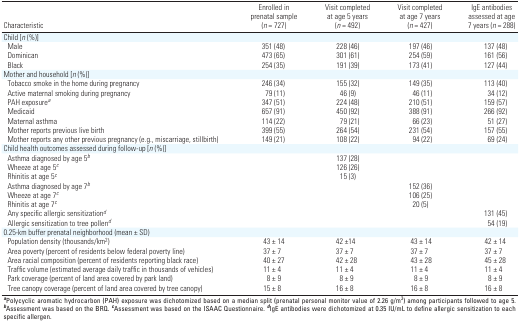
<table><thead><tr><td><b>Characteristic</b></td><td><b>Enrolled in prenatal sample (n = 727)</b></td><td><b>Visit completed at age 5 years (n = 492)</b></td><td><b>Visit completed at age 7 years (n = 427)</b></td><td><b>IgE antibodies assessed at age 7 years (n = 288)</b></td></tr></thead><tbody><tr><td>Child [n (%)] </td></tr><tr><td>Male</td><td>351 (48)</td><td>228 (46)</td><td>197 (46)</td><td>137 (48)</td></tr><tr><td>Dominican</td><td>473 (65)</td><td>301 (61)</td><td>254 (59)</td><td>161 (56)</td></tr><tr><td>Black</td><td>254 (35)</td><td>191 (39)</td><td>173 (41)</td><td>127 (44)</td></tr><tr><td>Mother and household [n (%)]</td></tr><tr><td>Tobacco smoke in the home during pregnancy</td><td>246 (34)</td><td>155 (32)</td><td>149 (35)</td><td>113 (40)</td></tr><tr><td>Active maternal smoking during pregnancy</td><td>79 (11)</td><td>46 (9)</td><td>46 (11)</td><td>34 (12)</td></tr><tr><td>PAH exposurea</td><td>347 (51)</td><td>224 (48)</td><td>210 (51)</td><td>159 (57)</td></tr><tr><td>Medicaid</td><td>657 (91)</td><td>450 (92)</td><td>388 (91)</td><td>266 (92)</td></tr><tr><td>Maternal asthma</td><td>114 (22)</td><td>79 (21)</td><td>66 (23)</td><td>51 (27)</td></tr><tr><td>Mother reports previous live birth</td><td>399 (55)</td><td>264 (54)</td><td>231 (54)</td><td>157 (55)</td></tr><tr><td>Mother reports any other previous pregnancy (e.g., miscarriage,stillbirth)</td><td>149 (21)</td><td>108 (22)</td><td>94 (22)</td><td>69 (24)</td></tr><tr><td>Child health outcomes assessed during follow-up [n (%)]</td></tr><tr><td>Asthma diagnosed by age 5b</td><td></td><td>137 (28)</td></tr><tr><td>Wheeze at age 5c</td><td></td><td>126 (26)</td></tr><tr><td>Rhinitis at age 5c</td><td></td><td>15 (3)</td></tr><tr><td>Asthma diagnosed by age 7b</td><td></td><td></td><td>152 (36)</td></tr><tr><td>Wheeze at age 7c</td><td></td><td></td><td>106 (25)</td></tr><tr><td>Rhinitis at age 7c</td><td></td><td></td><td>20 (5)</td></tr><tr><td>Any specific allergic sensitizationd</td><td></td><td></td><td></td><td>131 (45)</td></tr><tr><td>Allergic sensitization to tree pollend</td><td></td><td></td><td></td><td>54 (19)</td></tr><tr><td>0.25-km buffer prenatal neighborhood (mean ± SD)</td></tr><tr><td>Population density (thousands/km2)</td><td>43 ± 14</td><td>42 ±14</td><td>43 ± 14</td><td>42 ± 14</td></tr><tr><td>Area poverty (percent of residents below federal poverty line)</td><td>37 ± 7</td><td>37 ± 7</td><td>37 ± 7</td><td>37 ± 7</td></tr><tr><td>Area racial composition (percent of residents reporting black race)</td><td>40 ± 27</td><td>42 ± 28</td><td>43 ± 28</td><td>45 ± 28</td></tr><tr><td>Traffic volume (estimated average daily traffic in thousands ofvehicles)</td><td>11 ± 4</td><td>11 ± 4</td><td>11 ± 4</td><td>11 ± 4</td></tr><tr><td>Park coverage (percent of land area covered by park land)</td><td>8 ± 9</td><td>8 ± 9</td><td>8 ± 9</td><td>8 ± 9</td></tr><tr><td>Tree canopy coverage (percent of land area covered by tree canopy)</td><td>15 ± 8</td><td>16 ± 8</td><td>16 ± 8</td><td>16 ± 8</td></tr><tr><td colspan="5">a Polycyclic aromatic hydrocarbon (PAH) exposure wasdichotomized based on a median split (prenatal personal monitor value of2.26 g/m3) among participants followed to age 5. bAssessment was basedon the BRQ. cAssessment was based on the ISAAC Questionnaire. dIgEantibodies were dichotomized at 0.35 IU/mL to define allergicsensitization to each specific allergen.</td></tr></tbody></table>